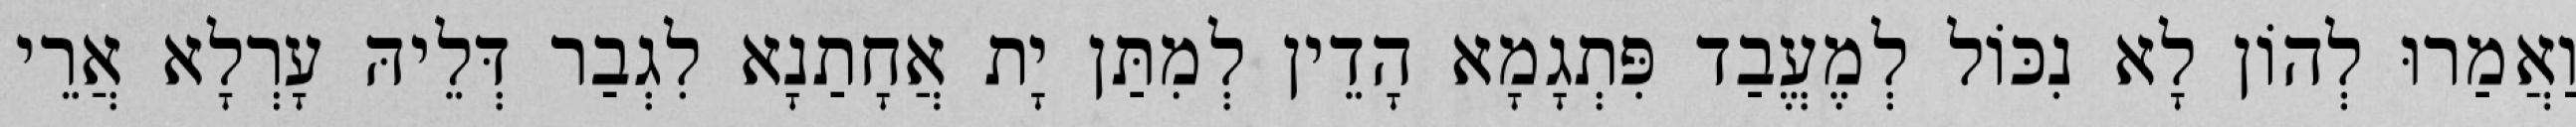
וַאֲמַרוּ לְהוֹן לָא נִכּוֹל לְמֶעֱבַד פִּתְגָמָא הָדֵין לְמִתַּן יָת אֲחָתַנָא לִגְבַר דְּלֵיהּ עָרְלָא אֲרֵי